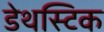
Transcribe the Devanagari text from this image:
डेथस्टिक